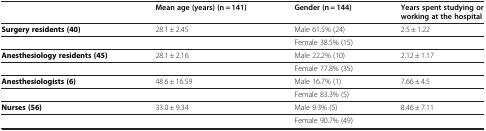
|  | Mean age (years) (n = 141) | Gender (n = 144) | Years spent studying or working at the hospital |
 | --- | --- | --- | --- |
 | Surgery residents (40) | 28.1 ± 2.45 | Male 61.5% (24) | 2.5 ± 1.22 |
 |  |  | Female 38.5% (15) |  |
 | Anesthesiology residents (45) | 28.1 ± 2.16 | Male 22.2% (10) | 2.12 ± 1.17 |
 |  |  | Female 77.8% (35) |  |
 | Anesthesiologists (6) | 48.6 ± 16.59 | Male 16.7% (1) | 7.66 ± 4.5 |
 |  |  | Female 83.3% (5) |  |
 | Nurses (56) | 33.0 ± 9.34 | Male 9.3% (5) | 8.46 ± 7.11 |
 |  |  | Female 90.7% (49) |  |